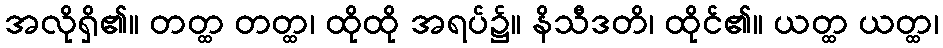
အလိုရှိ၏။ တတ္ထ တတ္ထ၊ ထိုထို အရပ်၌။ နိသီဒတိ၊ ထိုင်၏။ ယတ္ထ ယတ္ထ၊